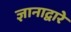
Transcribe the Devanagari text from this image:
ज्ञानाद्वारे